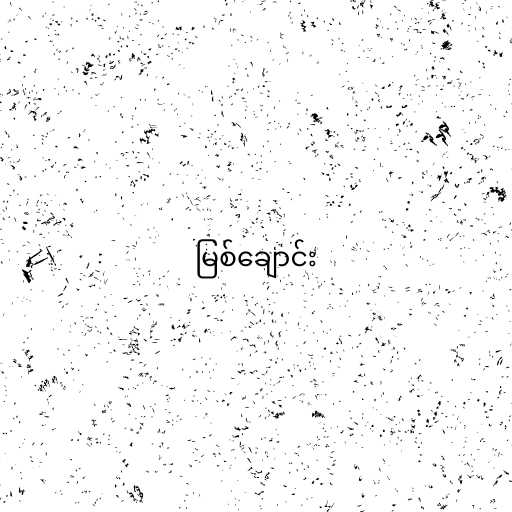
မြစ်ချောင်း